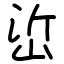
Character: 峾